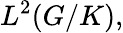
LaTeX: L^{2}(G/K),